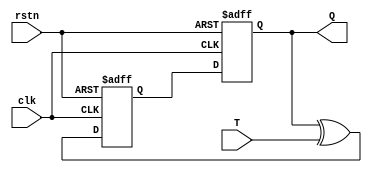
module T_flip_flop (
    input wire clk,
    input wire rstn,
    input wire T,
    output reg Q
);

reg D;

always @(posedge clk or negedge rstn) begin
    if (~rstn) begin
        D <= 1'b0;
        Q <= 1'b0;
    end
    else begin
        D <= Q ^ T; // Tie D input to XOR of current output and T input
        Q <= D; // Output is equal to D input
    end
end

endmodule